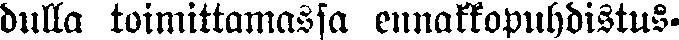
dulla toimittamassa ennakkopuhdistus-